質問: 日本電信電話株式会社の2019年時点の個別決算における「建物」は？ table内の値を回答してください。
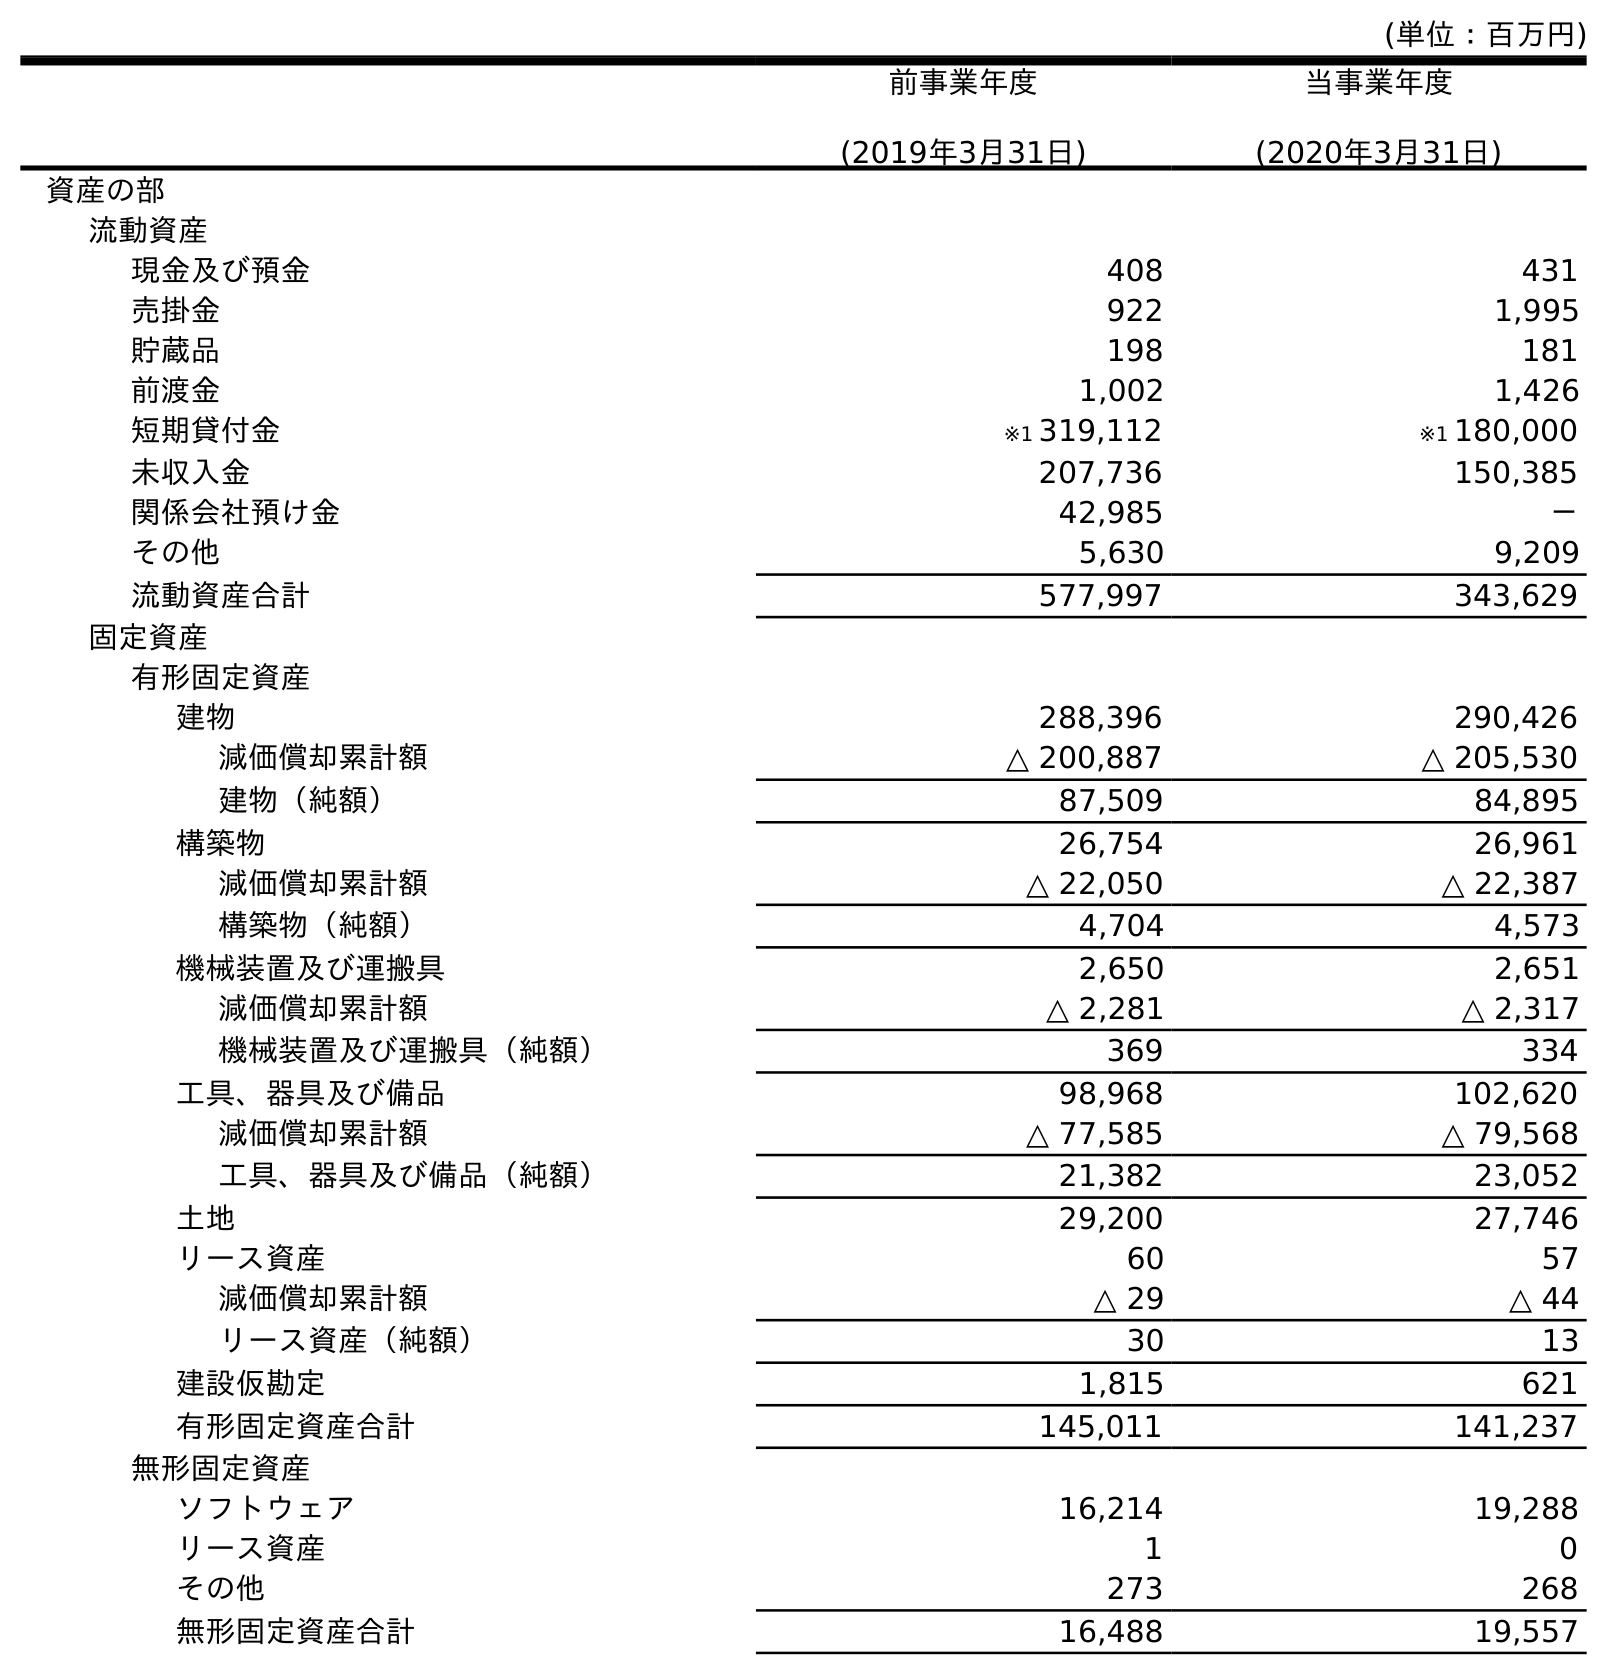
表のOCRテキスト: (単位：百万円) 前事業年度 (2019年3月31日) 当事業年度 (2020年3月31日) 資産の部 流動資産 現金及び預金 408 431 売掛金 922 1,995 貯蔵品 198 181 前渡金 1,002 1,426 短期貸付金 ※1 319,112 ※1 180,000 未収入金 207,736 150,385 関係会社預け金 42,985 － その他 5,630 9,209 流動資産合計 577,997 343,629 固定資産 有形固定資産 建物 288,396 290,426 減価償却累計額 △ 200,887 △ 205,530 建物（純額） 87,509 84,895 構築物 26,754 26,961 減価償却累計額 △ 22,050 △ 22,387 構築物（純額） 4,704 4,573 機械装置及び運搬具 2,650 2,651 減価償却累計額 △ 2,281 △ 2,317 機械装置及び運搬具（純額） 369 334 工具、器具及び備品 98,968 102,620 減価償却累計額 △ 77,585 △ 79,568 工具、器具及び備品（純額） 21,382 23,052 土地 29,200 27,746 リース資産 60 57 減価償却累計額 △ 29 △ 44 リース資産（純額） 30 13 建設仮勘定 1,815 621 有形固定資産合計 145,011 141,237 無形固定資産 ソフトウェア 16,214 19,288 リース資産 1 0 その他 273 268 無形固定資産合計 16,488 19,557
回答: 288,396